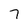
Character: 7